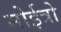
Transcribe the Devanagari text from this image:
मोईत्रो